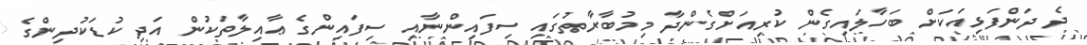
ދެ ދަންފަޅިއަކަށް ބަހާލައިގެން ކުރިއަށްގެންދާ މިމުބާރާތުގައި ސިފައިންނާއި ސިފައިންގެ ޢާއިލާތަކުން އަދި ކުޑަކުދިންގެ